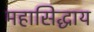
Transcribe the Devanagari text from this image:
महासिद्धाय